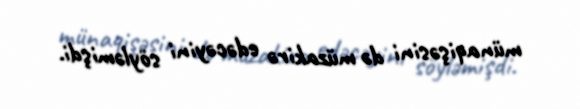
münaqişəsini də müzakirə edəcəyini söyləmişdi.